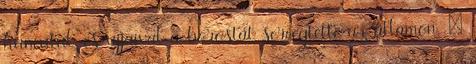
huncutul, és ujjaival a borostát sercegtette az államon. –